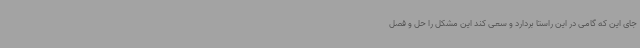
جای این که گامی در این راستا بردارد و سعی کند این مشکل را حل و فصل